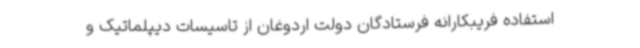
استفاده فریبکارانه فرستادگان دولت اردوغان از تاسیسات دیپلماتیک و